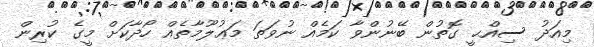
މިއަދު ސިއްޙީ ގޮތުން ބޭނުންވާ ކަމެއް ނުވަތަ މަޢުލޫމާތެއް ހޯދާކަށް މީގެ ކުރިން